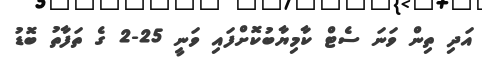
އަދި ތިން ވަނަ ސެޓް ކާމިޔާބުކޮށްފައި ވަނީ 25-2 ގެ ތަފާތު ބޮޑު